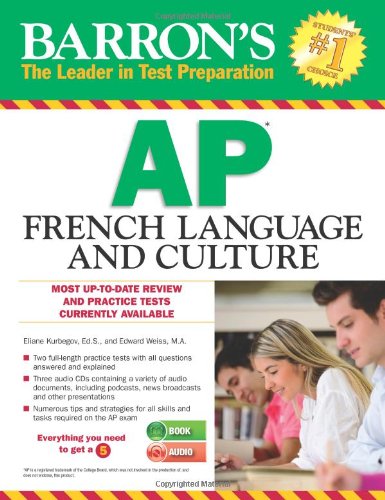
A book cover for Barron's AP French Language and Culture with Audio CDs; Eliane Kurbegov Ed.S.; Test Preparation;